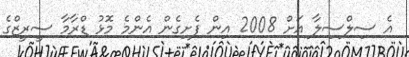
އެ ސިލްސިލާ އަށް 2008 އިން ފެށިގެން އެންމެ މޮޅު ޑްރާމާ ސީރީޒްގެ